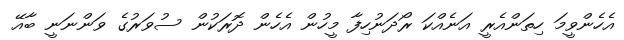
އެހެންވީމަ ހިތަންއެރީ އަނެއްކަ ރޯދަނުހިފާ މީހުން އެހެން ދޮރަކުން ސުވަރުގެ ވަންނަނީ ބާއޭ